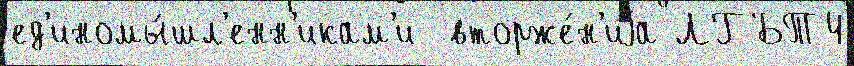
ед'иномы́шл'енн'икам'и  вторже́н'иjа ЛГБТ4